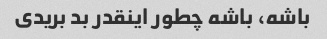
باشه، باشه چطور اینقدر بد بریدی